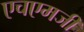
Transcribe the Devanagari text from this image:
एचएमजी